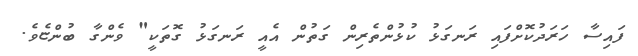
ފައިސާ ހަރަދުކޮށްފައި ރަނގަޅު ކުޅުންތެރިން ގަތުން އެއީ ރަނގަޅު ގޮތަކީ" ވެންގާ ބުންޏެވެ.